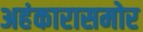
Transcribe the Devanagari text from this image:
अहंकारासमोर